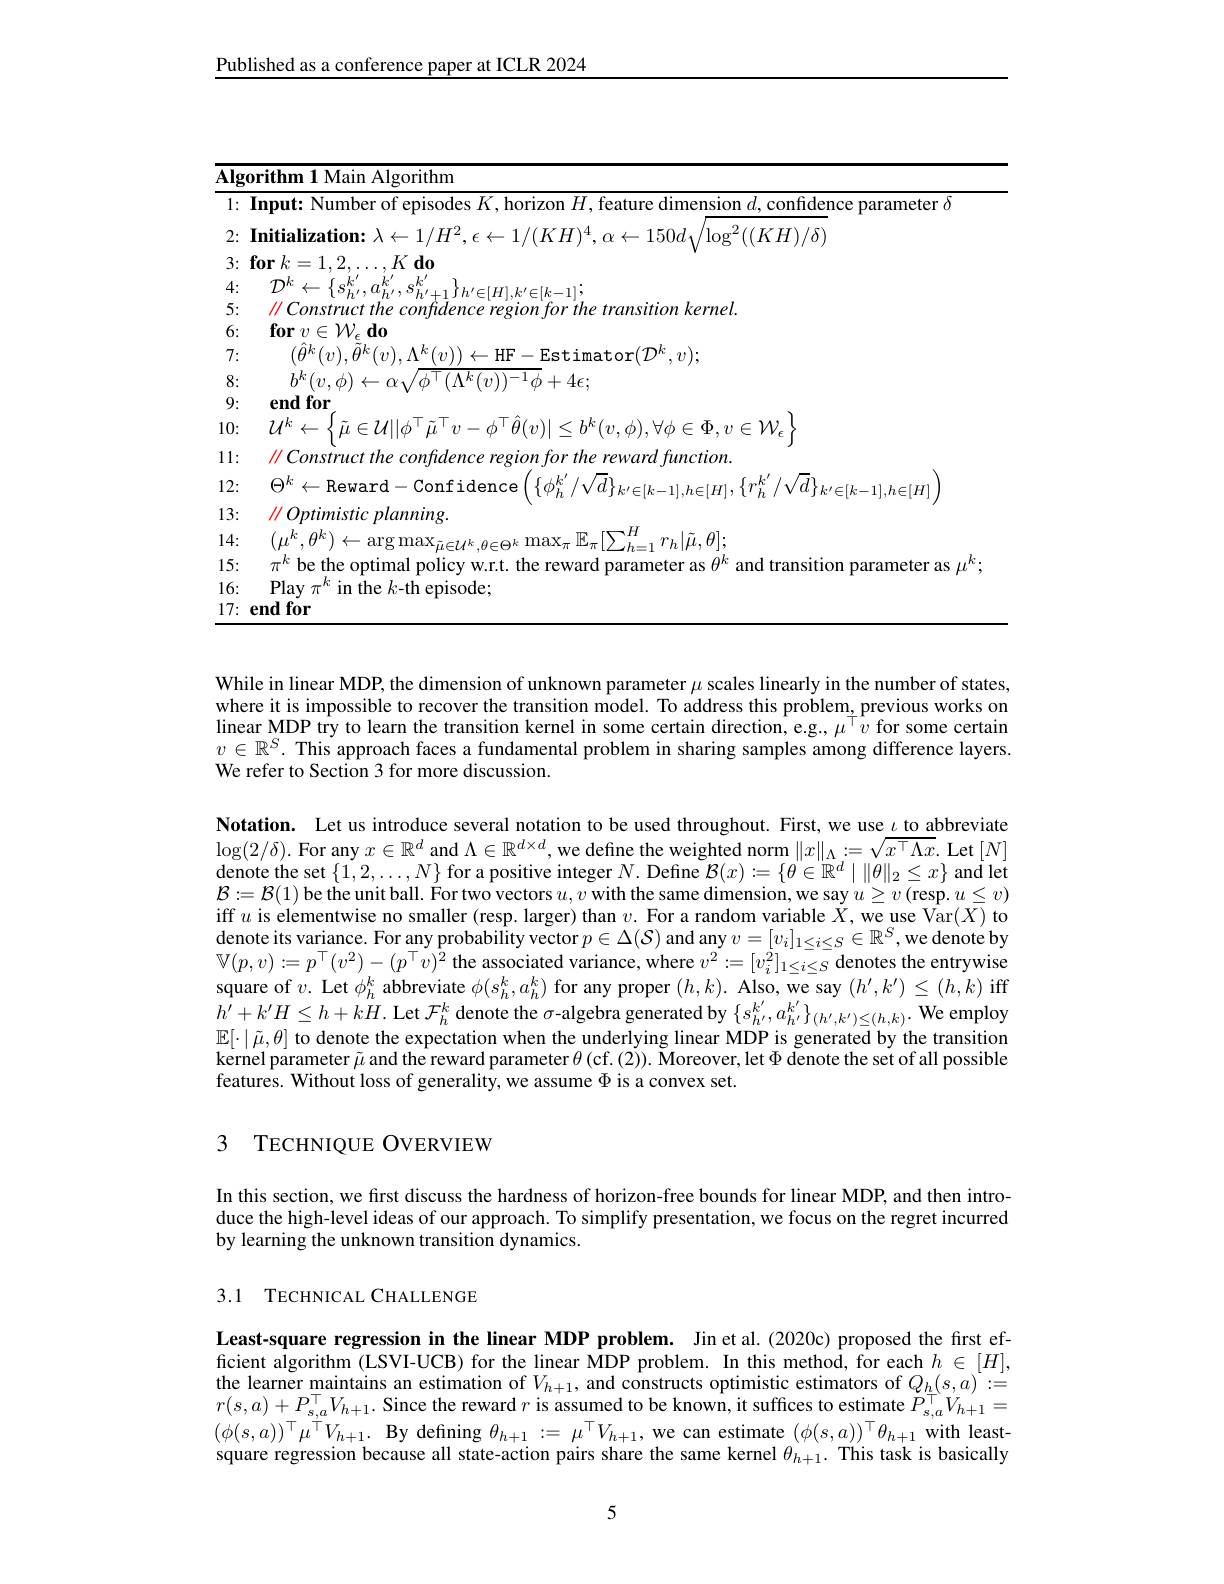
Published as a conference paper at ICLR 2024

<table>
	<tbody>
		<tr>
			<td>$\overline{\mathbf{Alg}}$</td>
			<td>$\mathbf{orithm1}$ Main Algorithm</td>
		</tr>
		<tr>
			<td>1 ·</td>
			<td>arameter $c$</td>
		</tr>
		<tr>
			<td>2:</td>
			<td>$((KH)/\delta$</td>
		</tr>
		<tr>
			<td>3:</td>
			<td>$\mathbf{for}$ $k= 1, 2, \ldots , K$ $\mathbf{do}$</td>
		</tr>
		<tr>
			<td>4: 1 1 1 1</td>
			<td>$l_{*}^{A}$</td>
		</tr>
		<tr>
			<td>5:</td>
			<td>$\parallel Constructthecon$ $ndenc\rho r\rho onontort$ $th\rho$ $t$ $transitionkernel.$</td>
		</tr>
		<tr>
			<td>6:</td>
			<td>$\textbf{for}v\in \mathcal{W} _{\epsilon }\textbf{do}$</td>
		</tr>
		<tr>
			<td>7: </td>
			<td>$\theta^{k}(v).\theta^{k}(v).\Lambda^{k}(v)$ $\mathbf{F}-$Estimator$(\mathcal{D}^k,v);$</td>
		</tr>
		<tr>
			<td></td>
			<td>$b^{k}(v,\phi)\leftarrow\alpha_{\downarrow}$ $\phi^{\top}(\Lambda^{k}(v))^{-1}\phi+4\epsilon;$</td>
		</tr>
		<tr>
			<td>9:</td>
			<td>end for</td>
		</tr>
		<tr>
			<td>10:</td>
			<td>$\{\tilde{u}\in\mathcal{U}||\phi^{\prime}\tilde{u}^{\prime}v-\phi^{\prime}\theta(v)|<b^{k}(v,\phi).\forall\phi\in\Phi.v\in\mathcal{W}.$</td>
		</tr>
		<tr>
			<td>11: ·</td>
			<td>$\parallel Constructtheconfide$ $2\varrho lonTorl$ the reward function</td>
		</tr>
		<tr>
			<td>12:</td>
			<td>$\Theta^{k}\leftarrow$Reward -Confidence $\{\phi_{\mathrm{r}}^{k^{\prime}}/v/d\}$ $^{'}/\sqrt{d}\}_{k^{\prime}\in[k-}$ $h\in[H]$</td>
		</tr>
		<tr>
			<td>13:</td>
			<td>$\parallel Optimisticplanning.$</td>
		</tr>
		<tr>
			<td>14: </td>
			<td>$\mu ^{k}, \theta ^{k})$ $\epsilon$ $r_{h}|\tilde{u}.\theta|$</td>
		</tr>
		<tr>
			<td>15:</td>
			<td>be the optima aramerer as</td>
		</tr>
		<tr>
			<td>16:</td>
			<td>Play $\pi^{k}$ in the $k$-th episode;</td>
		</tr>
		<tr>
			<td>17:</td>
			<td>endfor</td>
		</tr>
	</tbody>
</table>

While in linear MDP, the dimension of unknown parameter $\mu$ scales linearly in the number of states, where it is impossible to recover the transition model. To address this problem, previous works on linear MDP try to learn the transition kernel in some certain direction, e.g., $\mu^\top v$ for some certain $v\in\mathbb{R}^S.$ This approach faces a fundamental problem in sharing samples among difference layers. We refer to Section 3 for more discussion.

Notation. Let us introduce several notation to be used throughout. First, we use $\iota$ to abbreviate $\log(2/\delta).$ For any $x\in\mathbb{R}^d$ and $\Lambda\in\mathbb{R}^d\times d$, we define the weighted norm $\|x\|_\Lambda:=\sqrt{x^\top\Lambda x}.$ Let $[N]$ denote the set$\left \{ 1, 2, \ldots , N\right \}$for a positive integer $N.$ Define $\mathcal{B} ( x) : = \{ \theta \in \mathbb{R} ^d\mid \| \theta \| _2\leq x\}$ and let $\mathcal{B}:=\mathcal{B}(1)$ be the unit ball. For two vectors $u,v$ with the same dimension, we say $u\geq v$ (resp. $u\leq v)$ iff $u$ is elementwise no smaller (resp. larger) than $v.$ For a random variable $X$, we use Var$(\overline{X})$ to $\begin{aligned}\text{denote its variance. For any probability vector }p\in\Delta(\mathcal{S})\mathrm{~and~any~}v=[v_i]_{1\leq i\leq S}\in\mathbb{R}^S,\mathrm{we~denote~by}\end{aligned}$ $\mathbb{V}(p,v):=p^{\top}(v^{2})-(p^{\top}v)^{2}$ the associated variance, where $v^2:=[v_i^2]_{1\leq i\leq S}$ denotes the entrywise square of $v.$ Let $\phi_h^k$ abbreviate $\phi(s_h^k,a_h^k)$ for any proper $(h,k).$ Also, we say $(h^{\prime},k^{\prime})\leq(h,k)$ iff $h^{\prime}+k^{\prime}H\leq h+kH.$ Let $\mathcal{F}_h^k$ denote the $\sigma$-algebra generated by $\{s_h^{k^{\prime}}^{\prime},a_{h^{\prime}}^{k^{\prime}}\}_{(h^{\prime},k^{\prime})\leq(h,k)}.$ We employ $\mathbb{E}[\cdot|\tilde{\mu},\theta]$ to denote the expectation when the underlying linear MDP is generated by the transition kernel parameter $\tilde{\mu}$ and the reward parameter $\theta($cf.(2)). Moreover, let $\tilde{\Phi}$ denote the set of all possible features. Without loss of generality, we assume $\Phi$ is a convex set.

### 3 TECHNIOUE OVERVIEW

In this section, we first discuss the hardness of horizon-free bounds for linear MDP, and then introduce the high-level ideas of our approach. To simplify presentation, we focus on the regret incurred by learning the unknown transition dynamics.

## 3.1 TECHNICAL CHALLENGE

Least-square regression in the linear MDP problem. Jin et al.(2020c) proposed the first efficient algorithm (LSVI-UCB) for the linear MDP problem. In this method, for each $h\in[H]$, the learner maintains an estimation of $V_{h+1}$, and constructs optimistic estimators of $Q_h(s,a):=$ $r(s,a)+P_{s,a}^{\top}V_{h+1}.$ Since the reward $r$ is assumed to be known, it suffices to estimate $P_{s,a}^{\top}V_{h+1}=$ $( \phi ( s, a) ) ^{\top }\mu ^{\top }V_{h+ 1}. \textbf{By defining }\theta _{h+ 1}: = \mu ^{\top }V_{h+ 1}$,we can estimate $(\phi(s,a))^{\top}\theta_{h+1}$ with leastsquare regression because all state-action pairs share the same kernel $\theta_{h+1}.$ This task is basically

5